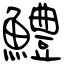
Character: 鱧